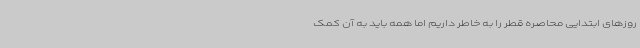
روزهای ابتدایی محاصره قطر را به خاطر داریم اما همه باید به آن کمک